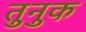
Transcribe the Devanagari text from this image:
तुनुक